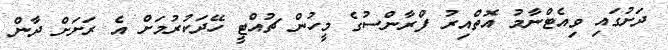
ދަށުގައި ވިއެޓްނާމު އޮތްއިރު ފްރާންސުގެ މީހުން ޗުއްޓީ ހޭދަކުރުމަށް އެ ރަށަށް ދާން